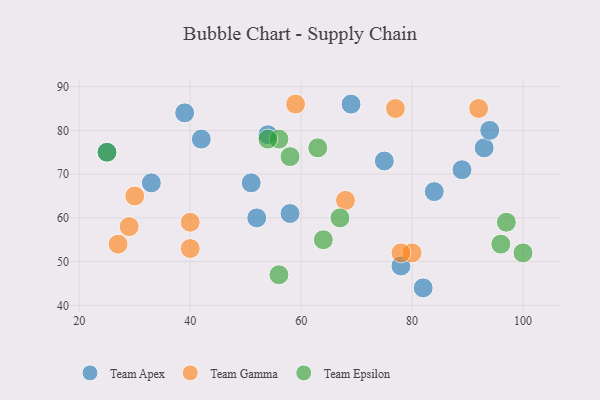
{"axis": {"x": "GDP", "y": "Life Expectancy"}, "legend": ["Team Apex", "Team Epsilon", "Team Gamma"], "data": [{"x": "52", "y": 60, "type": "Team Apex"}, {"x": "82", "y": 44, "type": "Team Apex"}, {"x": "93", "y": 76, "type": "Team Apex"}, {"x": "25", "y": 75, "type": "Team Apex"}, {"x": "75", "y": 73, "type": "Team Apex"}, {"x": "78", "y": 49, "type": "Team Apex"}, {"x": "89", "y": 71, "type": "Team Apex"}, {"x": "54", "y": 79, "type": "Team Apex"}, {"x": "33", "y": 68, "type": "Team Apex"}, {"x": "42", "y": 78, "type": "Team Apex"}, {"x": "39", "y": 84, "type": "Team Apex"}, {"x": "51", "y": 68, "type": "Team Apex"}, {"x": "58", "y": 61, "type": "Team Apex"}, {"x": "69", "y": 86, "type": "Team Apex"}, {"x": "84", "y": 66, "type": "Team Apex"}, {"x": "94", "y": 80, "type": "Team Apex"}, {"x": "77", "y": 85, "type": "Team Gamma"}, {"x": "27", "y": 54, "type": "Team Gamma"}, {"x": "92", "y": 85, "type": "Team Gamma"}, {"x": "80", "y": 52, "type": "Team Gamma"}, {"x": "30", "y": 65, "type": "Team Gamma"}, {"x": "40", "y": 59, "type": "Team Gamma"}, {"x": "29", "y": 58, "type": "Team Gamma"}, {"x": "78", "y": 52, "type": "Team Gamma"}, {"x": "59", "y": 86, "type": "Team Gamma"}, {"x": "40", "y": 53, "type": "Team Gamma"}, {"x": "68", "y": 64, "type": "Team Gamma"}, {"x": "96", "y": 54, "type": "Team Epsilon"}, {"x": "56", "y": 47, "type": "Team Epsilon"}, {"x": "56", "y": 78, "type": "Team Epsilon"}, {"x": "64", "y": 55, "type": "Team Epsilon"}, {"x": "25", "y": 75, "type": "Team Epsilon"}, {"x": "97", "y": 59, "type": "Team Epsilon"}, {"x": "100", "y": 52, "type": "Team Epsilon"}, {"x": "54", "y": 78, "type": "Team Epsilon"}, {"x": "67", "y": 60, "type": "Team Epsilon"}, {"x": "58", "y": 74, "type": "Team Epsilon"}, {"x": "63", "y": 76, "type": "Team Epsilon"}]}